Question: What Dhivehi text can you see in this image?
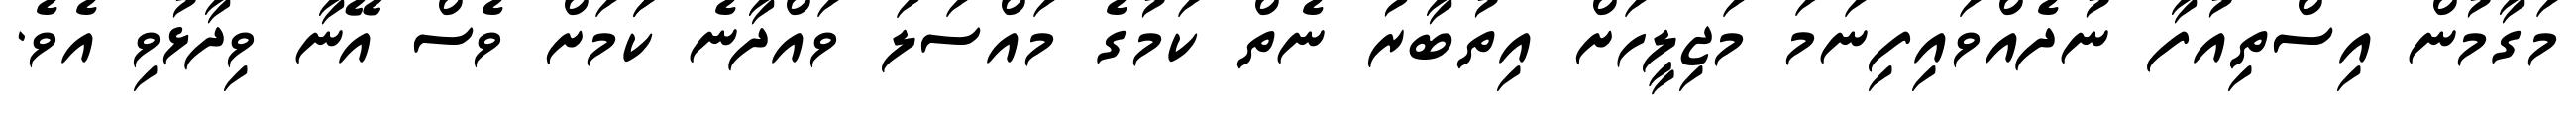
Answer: މަގާމުން އިސްތިއުފާ ނުދެއްވައިފިނަމަ މަޖިލީހަށް އިތުބާރު ނެތް ކަމުގެ މައްސަލަ ވައްދާނެ ކަަމަށް ވެސް އޭނާ ވިދާޅުވި އެވެ.